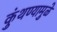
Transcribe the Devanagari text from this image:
कुंथण्यामुळे